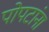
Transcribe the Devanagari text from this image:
पोपटांना